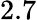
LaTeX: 2.7